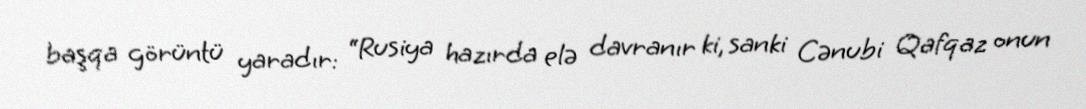
başqa görüntü yaradır: “Rusiya hazırda elə davranır ki, sanki Cənubi Qafqaz onun